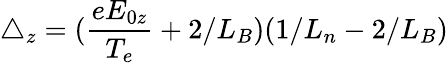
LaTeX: \triangle_{z}=(\frac{eE_{0z}}{T_{e}}+2/L_{B})(1/L_{n}-2/L_{B})